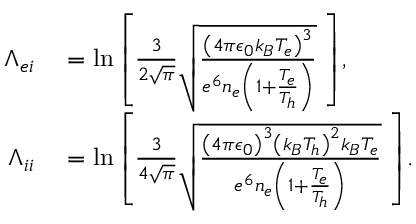
\begin{array} { r l } { \Lambda _ { e i } } & { { } = \ln { \left[ \frac { 3 } { 2 \sqrt { \pi } } \sqrt { \frac { \left( 4 \pi \epsilon _ { 0 } k _ { B } T _ { e } \right) ^ { 3 } } { e ^ { 6 } n _ { e } \left( 1 + \frac { T _ { e } } { T _ { h } } \right) } } \ \right] } , } \\ { \Lambda _ { i i } } & { { } = \ln { \left[ \frac { 3 } { 4 \sqrt { \pi } } \sqrt { \frac { \left( 4 \pi \epsilon _ { 0 } \right) ^ { 3 } \left( k _ { B } T _ { h } \right) ^ { 2 } k _ { B } T _ { e } } { e ^ { 6 } n _ { e } \left( 1 + \frac { T _ { e } } { T _ { h } } \right) } } \ \right] } . } \end{array}